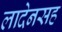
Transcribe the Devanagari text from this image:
लादेनसह